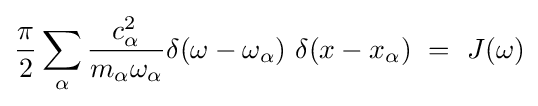
{\frac {\pi }{2}}\sum _{\alpha }{\frac {c_{\alpha }^{2}}{m_{\alpha }\omega _{\alpha }}}\delta (\omega -\omega _{\alpha })\ \delta (x-x_{\alpha })\ =\ J(\omega )